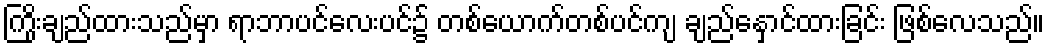
ကြိုးချည်ထားသည်မှာ ရာဘာပင်လေးပင်၌ တစ်ယောက်တစ်ပင်ကျ ချည်နှောင်ထားခြင်း ဖြစ်လေသည်။